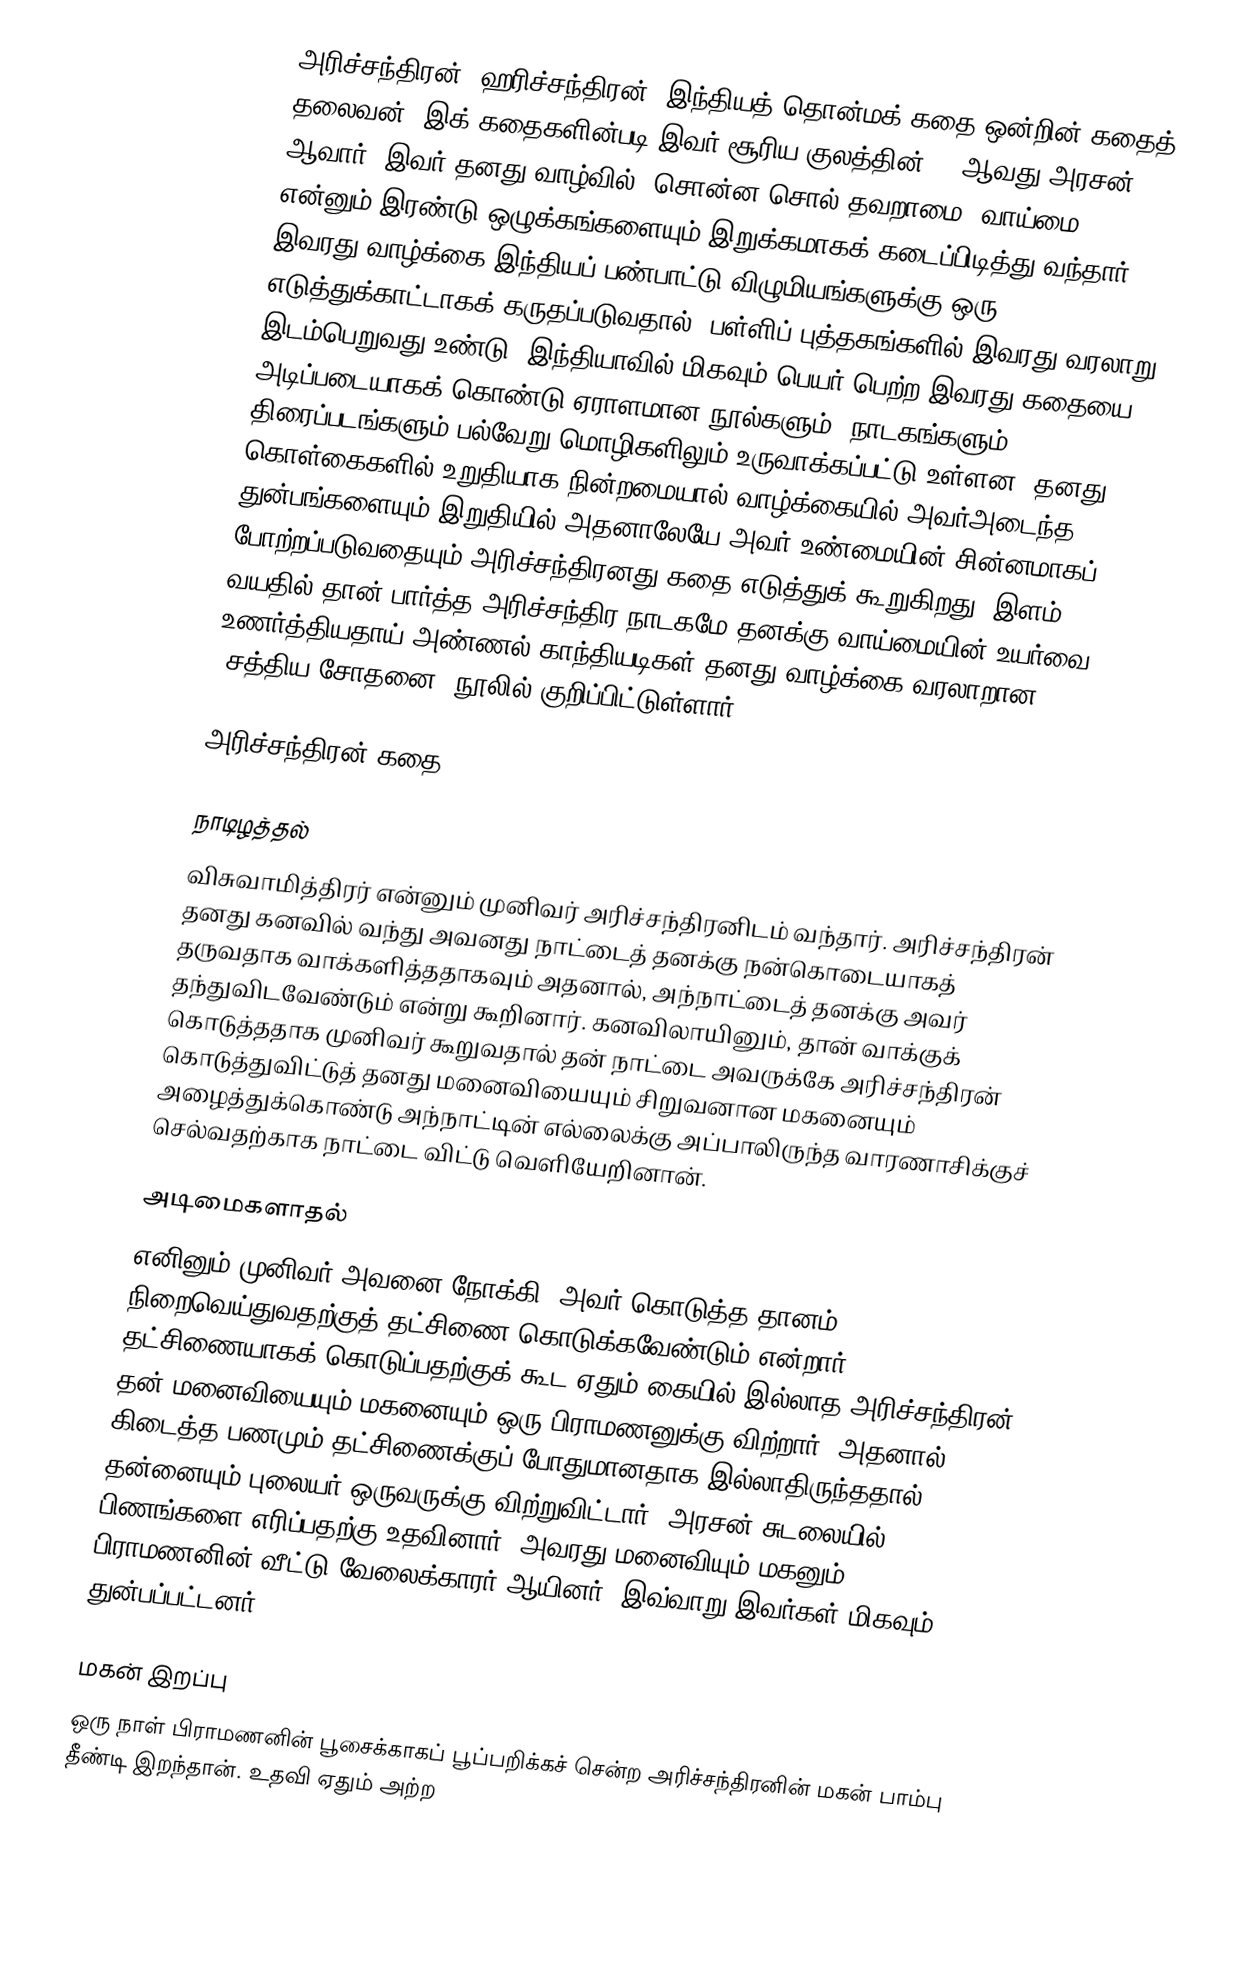
அரிச்சந்திரன் (ஹரிச்சந்திரன்) இந்தியத் தொன்மக் கதை ஒன்றின் கதைத் தலைவன். இக் கதைகளின்படி இவர் சூரிய குலத்தின் 28 ஆவது அரசன் ஆவார். இவர் தனது வாழ்வில், சொன்ன சொல் தவறாமை, வாய்மை என்னும் இரண்டு ஒழுக்கங்களையும் இறுக்கமாகக் கடைப்பிடித்து வந்தார். இவரது வாழ்க்கை இந்தியப் பண்பாட்டு விழுமியங்களுக்கு ஒரு எடுத்துக்காட்டாகக் கருதப்படுவதால், பள்ளிப் புத்தகங்களில் இவரது வரலாறு இடம்பெறுவது உண்டு. இந்தியாவில் மிகவும் பெயர் பெற்ற இவரது கதையை அடிப்படையாகக் கொண்டு ஏராளமான நூல்களும், நாடகங்களும், திரைப்படங்களும் பல்வேறு மொழிகளிலும் உருவாக்கப்பட்டு உள்ளன. தனது கொள்கைகளில் உறுதியாக நின்றமையால் வாழ்க்கையில் அவர்அடைந்த துன்பங்களையும் இறுதியில் அதனாலேயே அவர் உண்மையின் சின்னமாகப் போற்றப்படுவதையும் அரிச்சந்திரனது கதை எடுத்துக் கூறுகிறது. இளம் வயதில் தான் பார்த்த அரிச்சந்திர நாடகமே தனக்கு வாய்மையின் உயர்வை உணர்த்தியதாய் அண்ணல் காந்தியடிகள் தனது வாழ்க்கை வரலாறான “சத்திய சோதனை” நூலில் குறிப்பிட்டுள்ளார்.

அரிச்சந்திரன் கதை

நாடிழத்தல்
விசுவாமித்திரர் என்னும் முனிவர் அரிச்சந்திரனிடம் வந்தார். அரிச்சந்திரன் தனது கனவில் வந்து அவனது நாட்டைத் தனக்கு நன்கொடையாகத் தருவதாக வாக்களித்ததாகவும் அதனால், அந்நாட்டைத் தனக்கு அவர் தந்துவிடவேண்டும் என்று கூறினார். கனவிலாயினும், தான் வாக்குக் கொடுத்ததாக முனிவர் கூறுவதால் தன் நாட்டை அவருக்கே அரிச்சந்திரன் கொடுத்துவிட்டுத் தனது மனைவியையும் சிறுவனான மகனையும் அழைத்துக்கொண்டு அந்நாட்டின் எல்லைக்கு அப்பாலிருந்த வாரணாசிக்குச் செல்வதற்காக நாட்டை விட்டு வெளியேறினான்.

அடிமைகளாதல்
எனினும் முனிவர் அவனை நோக்கி, அவர் கொடுத்த தானம் நிறைவெய்துவதற்குத் தட்சிணை கொடுக்கவேண்டும் என்றார். தட்சிணையாகக் கொடுப்பதற்குக் கூட ஏதும் கையில் இல்லாத அரிச்சந்திரன் தன் மனைவியையும் மகனையும் ஒரு பிராமணனுக்கு விற்றார். அதனால் கிடைத்த பணமும் தட்சிணைக்குப் போதுமானதாக இல்லாதிருந்ததால் தன்னையும் புலையர் ஒருவருக்கு விற்றுவிட்டார். அரசன் சுடலையில் பிணங்களை எரிப்பதற்கு உதவினார். அவரது மனைவியும் மகனும் பிராமணனின் வீட்டு வேலைக்காரர் ஆயினர். இவ்வாறு இவர்கள் மிகவும் துன்பப்பட்டனர்.

மகன் இறப்பு
ஒரு நாள் பிராமணனின் பூசைக்காகப் பூப்பறிக்கச் சென்ற அரிச்சந்திரனின் மகன் பாம்பு தீண்டி இறந்தான். உதவி ஏதும் அற்ற